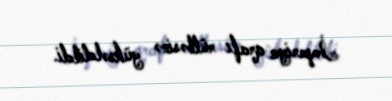
İmperiya qrafı rütbəsinə yüksəldildi.